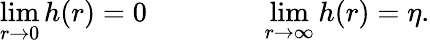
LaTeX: \operatorname*{lim}_{r\rightarrow 0}h(r)=0\qquad\qquad\operatorname*{lim}_{r\rightarrow\infty}h(r)=\eta.